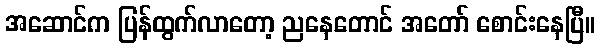
အဆောင်က ပြန်ထွက်လာတော့ ညနေတောင် အတော် စောင်းနေပြီ။